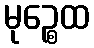
မုဉ္စေထ